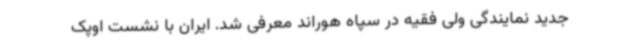
جدید نمایندگی ولی فقیه در سپاه هوراند معرفی شد. ایران با نشست اوپک